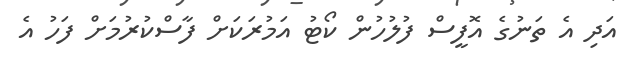
އަދި އެ ތަނުގެ އޮފީސް ފުލުހުން ކޯޓު އަމުރަކަށް ފާސްކުރުމަށް ފަހު އެ